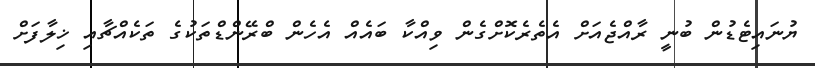
ޔުނައިޓެޑުން ބުނީ ރާއްޖެއަށް އެތެރެކޮށްގެން ވިއްކާ ބައެއް އެހެން ބްރޭންޑްތަކުގެ ތަކެއްޗާއި ޚިލާފަށް